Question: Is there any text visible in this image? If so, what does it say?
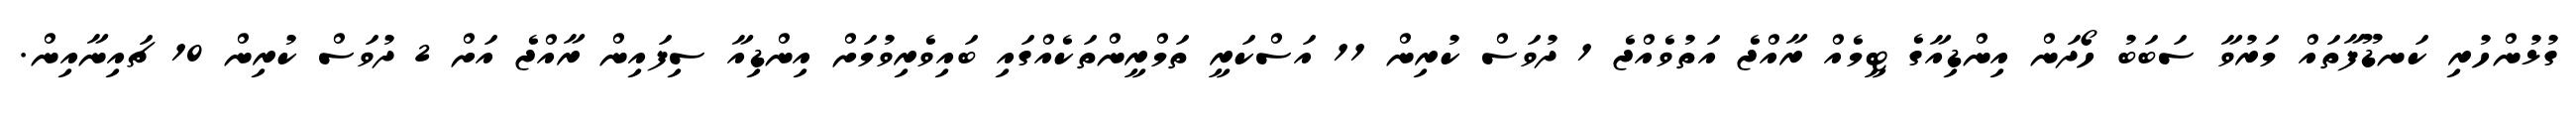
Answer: ގުޅުންހުރި ކަނޑޫފާތައް މަރުވާ ސަބަބު ހޯދަން އިންޑިއާގެ ޓީމެއް ރާއްޖެ އަތުވެއްޖެ 1 ދުވަސް ކުރިން 11 އަސްކަރީ ތަމްރީންތަކެއްގައި ބައިވެރިވުމަށް އިންޑިއާ ސިފައިން ރާއްޖެ އަށް 2 ދުވަސް ކުރިން 10 ޗައިނާއިން.